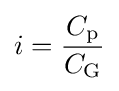
i={\frac {C_{\text{p}}}{C_{\text{G}}}}